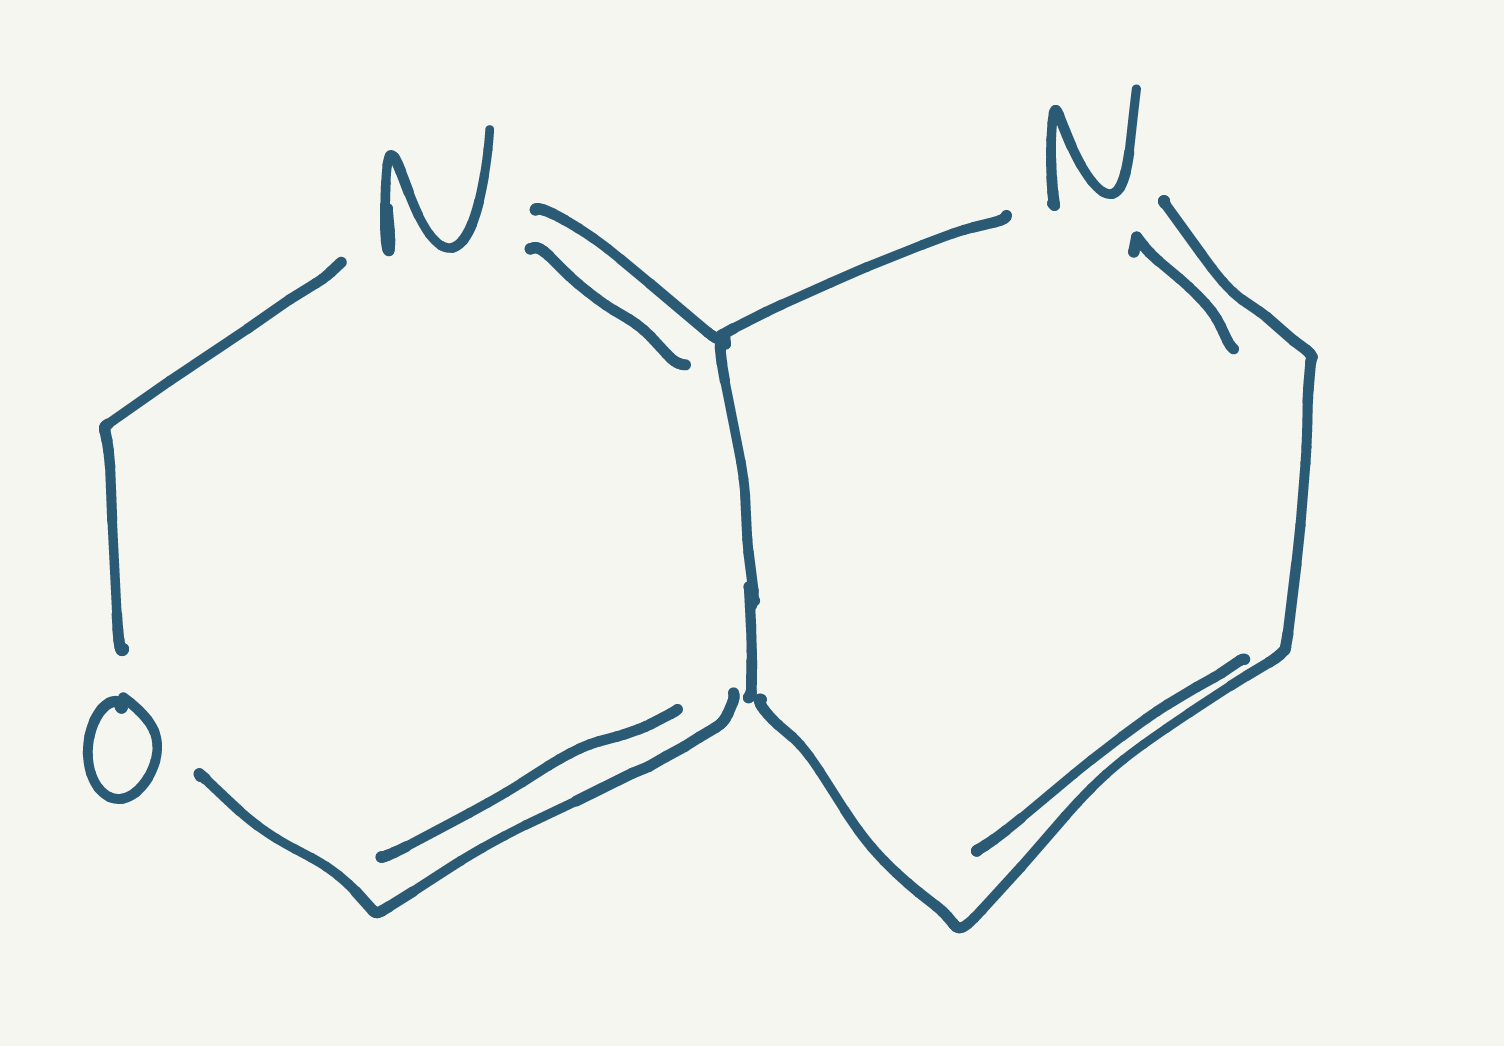
Simplified molecular-input line-entry system (SMILES) notation of the given molecule:
C1N=C2C(=CO1)C=CC=N2